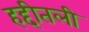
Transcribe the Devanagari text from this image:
हद्दीतली